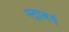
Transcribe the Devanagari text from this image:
स्ट्राबर्ग